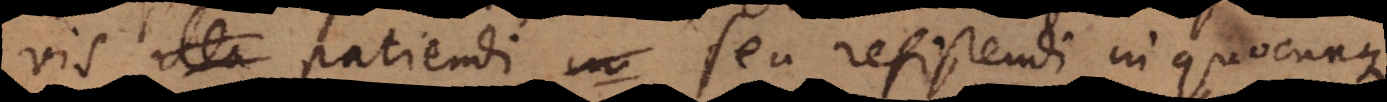
vis patiendi seu resistendi in quocunque